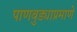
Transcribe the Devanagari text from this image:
पाणबुड्याप्रमाणे